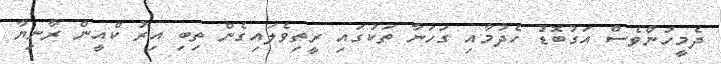
ދެމީހުންވެސް އަގުބޮޑު ހެދުމާއި ގަހަނާ ތަކުގައި ރީތިވެލައިގެން ތިބި އިރު ކްއީން ރާނިޔާ